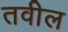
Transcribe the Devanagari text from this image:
तवील